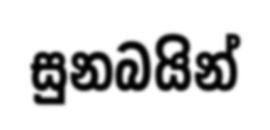
සුනබයින්